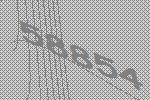
58854